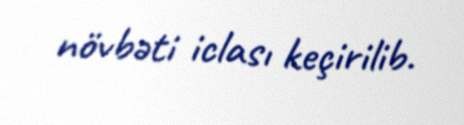
növbəti iclası keçirilib.